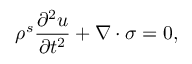
\rho ^ { s } \frac { \partial ^ { 2 } \boldsymbol { u } } { \partial t ^ { 2 } } + \nabla \cdot \boldsymbol { \sigma } = 0 ,